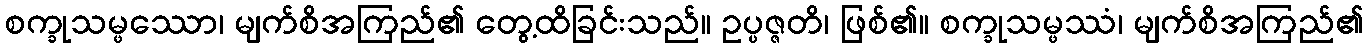
စက္ခုသမ္ဖဿော၊ မျက်စိအကြည်၏ တွေ့ထိခြင်းသည်။ ဥပ္ပဇ္ဇတိ၊ ဖြစ်၏။ စက္ခုသမ္ဖဿံ၊ မျက်စိအကြည်၏